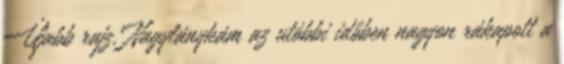
Újabb rajz. Nagylánykám az utóbbi időben nagyon rákapott a